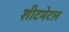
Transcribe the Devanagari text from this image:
शीटमेटल